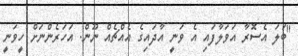
"ބަލަ އެސޮރާ އަވަލާފައި އެ ވަނީ އާދައިގެ އެއްޗެއް ނޫން. އަހަރެންނަށް ހީވަނީ